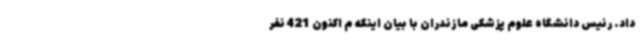
داد. رئیس دانشگاه علوم پزشکی مازندران با بیان اینکه م اکنون 421 نفر